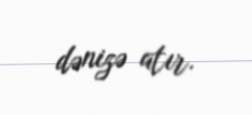
dənizə atır.